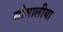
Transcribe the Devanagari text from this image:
सोमालीया